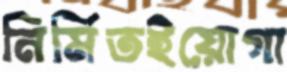
নির্মিতইয়োগা